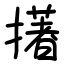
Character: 擆